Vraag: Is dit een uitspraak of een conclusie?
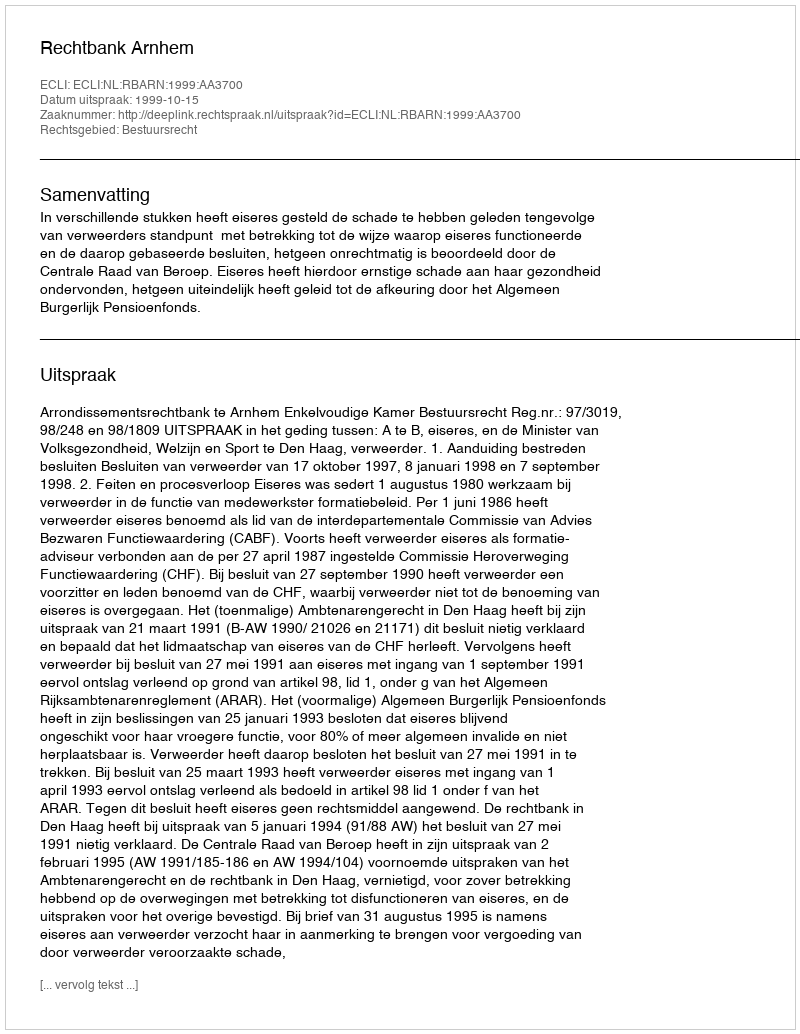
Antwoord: Uitspraak